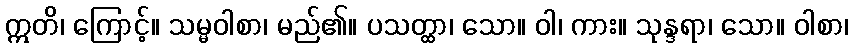
ဣတိ၊ ကြောင့်။ သမ္မဝါစာ၊ မည်၏။ ပသတ္ထာ၊ သော။ ဝါ၊ ကား။ သုန္ဒရာ၊ သော။ ဝါစာ၊